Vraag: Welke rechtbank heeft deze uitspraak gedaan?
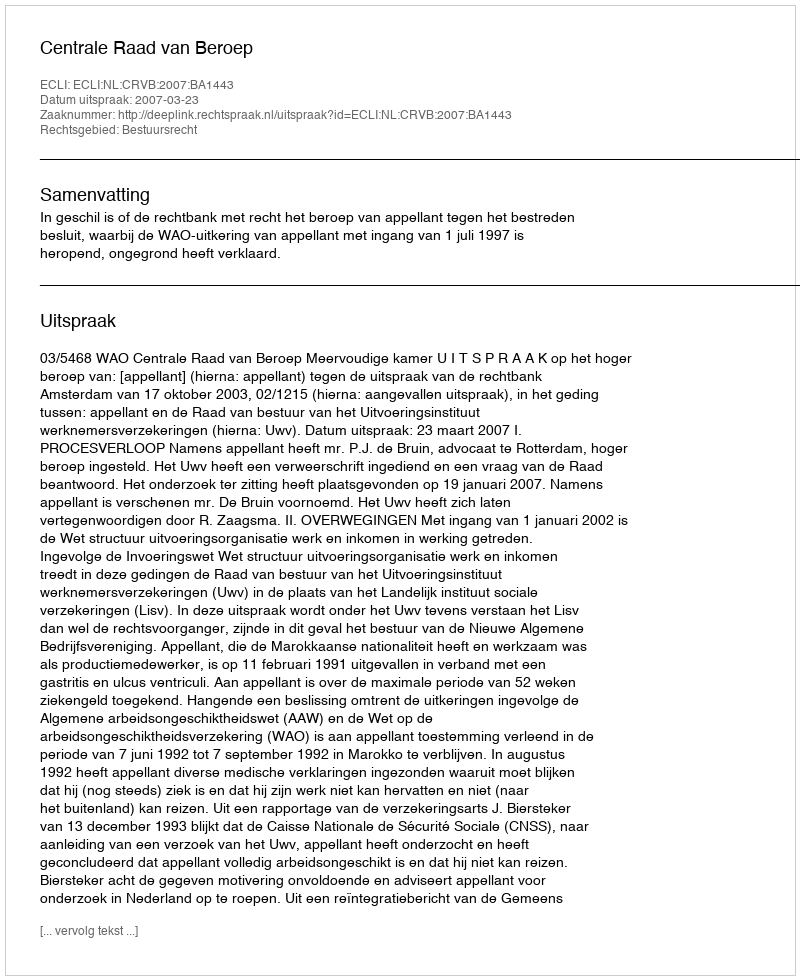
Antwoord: Centrale Raad van Beroep